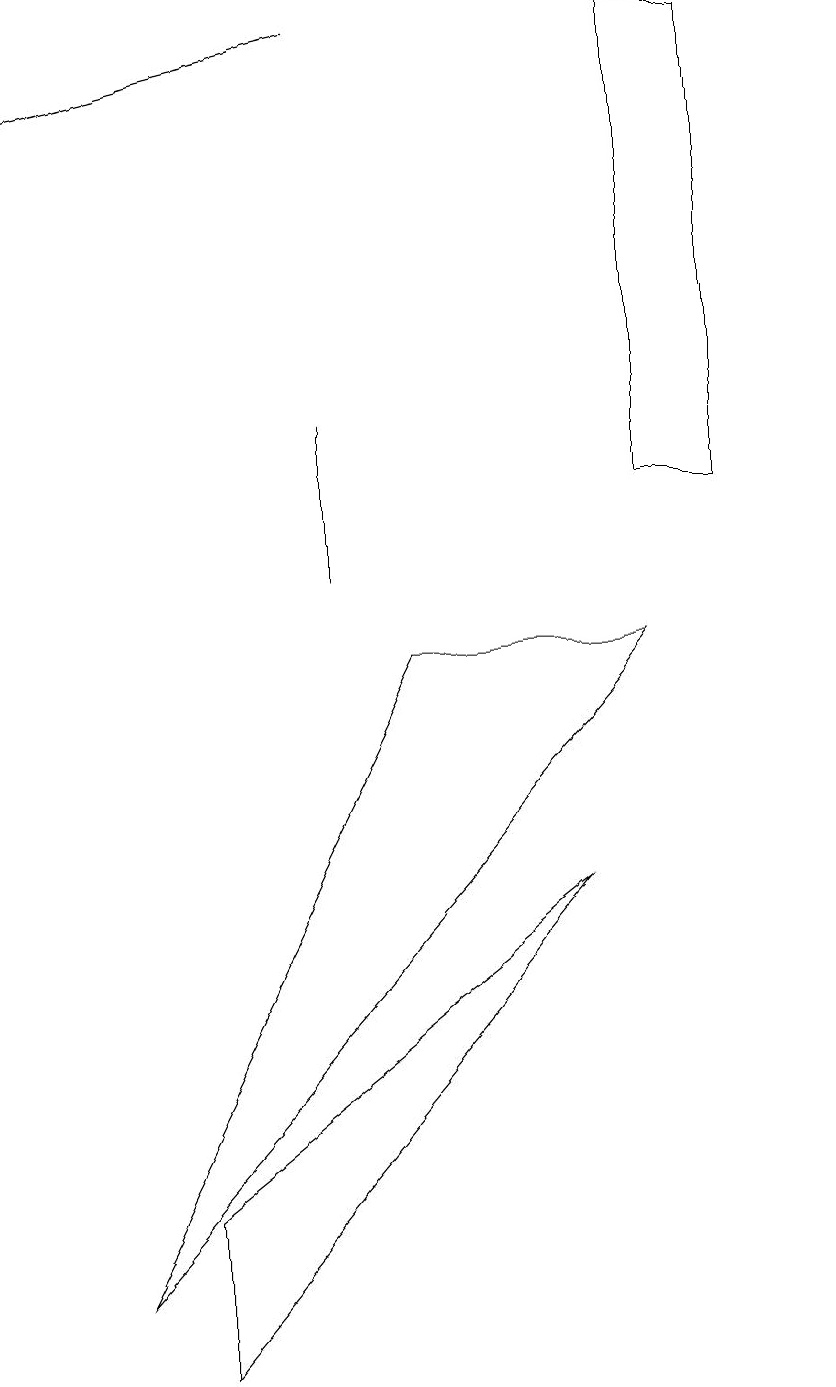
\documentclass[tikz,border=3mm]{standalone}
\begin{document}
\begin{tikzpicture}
\draw[->] (4,17) -- (0,16);
\draw (8,9) -- (1,1) -- (5,9) -- cycle;
\draw (9,11) rectangle (8,17);
\draw (2,0) -- (2,2) -- (7,6) -- cycle;
\draw (10,10) circle (0);
\draw (4,12) rectangle (4,10);
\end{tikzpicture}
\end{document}